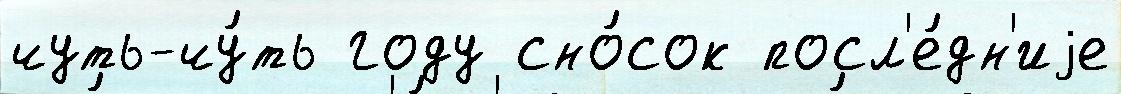
чуть-чу́ть году сно́сок посл'е́дн'иjе